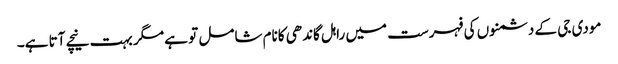
مودی جی کے دشمنوں کی فہرست میں راہل گاندھی کانام شامل تو ہے مگر بہت نیچے آتا ہے۔